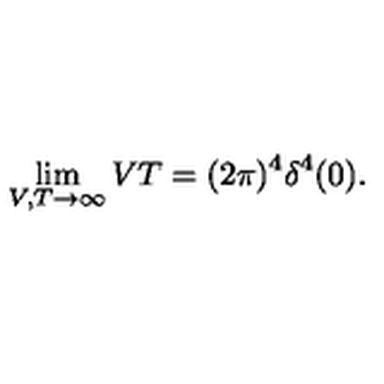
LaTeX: \lim _ { V , T \to \infty } V T = ( 2 \pi ) ^ { 4 } \delta ^ { 4 } ( 0 ) .